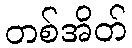
တစ်အိတ်